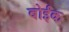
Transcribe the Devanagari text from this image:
बोईंक